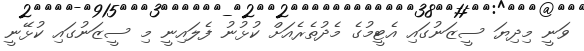
ވަނީ މިދިޔަ ސީޒަނުގައި އެޓީމުގެ މެދުތެރެއަށް ކުޅުނު ފެލައިނީ މި ސީޒަނުގައި ކުޅޭނީ